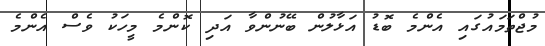
މުޖްތަމައުގައި އެންމެ ބޮޑު އަޅާލުން ބޭނުންވާ އަދި ކޮންމެ މީހަކު ވެސް އެންމެ